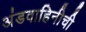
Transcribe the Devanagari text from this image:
अंडवाहिनीची